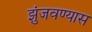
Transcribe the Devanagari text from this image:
झुंजवण्यास